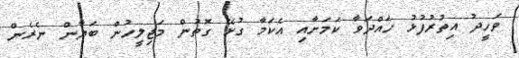
ވަހީދު އިތުރުފުޅު ހައްދަވާ ކަމަށާއި އެކަމާ ގުޅޭ ގޮތުން މަޖިލީހުން ބަޔާން ނެރެން